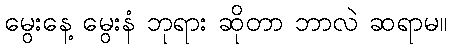
မွေးနေ့ မွေးနံ ဘုရား ဆိုတာ ဘာလဲ ဆရာမ။